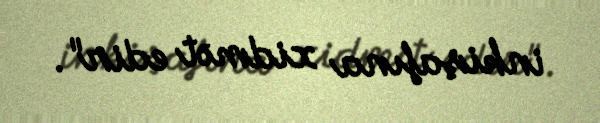
inkişafına xidmət edir".